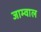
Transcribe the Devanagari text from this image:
जाम्वाल